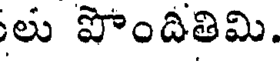
లు పొందితిమి.